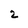
Character: 2